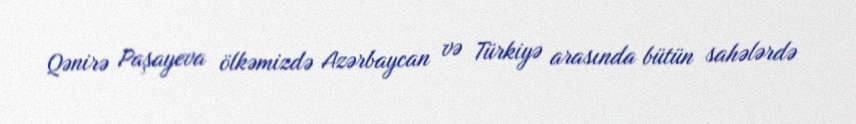
Qənirə Paşayeva ölkəmizdə Azərbaycan və Türkiyə arasında bütün sahələrdə